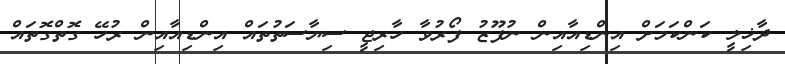
ދާޚިލީ ކަންކަމަށް އިންޑިއާއިން ނުފޫޒު ފޯރުވާ ހާރިޖީ ސިޔާސަތުތައް އިންޑިއާއިން ރުހޭ ގޮތްގޮތައް